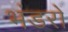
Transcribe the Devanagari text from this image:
भंडरों